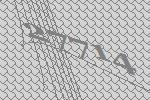
27714